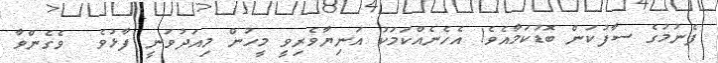
ފެނުމުގެ ސާފުކަން ބޮޑުކަމާއެވެ! އެހެނެއްކަމަކު އަނިޔާވެރިވީ މީހުން މިއަދުވަނީ ފާޅުވެ  ވެގެންވާ